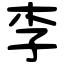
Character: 李